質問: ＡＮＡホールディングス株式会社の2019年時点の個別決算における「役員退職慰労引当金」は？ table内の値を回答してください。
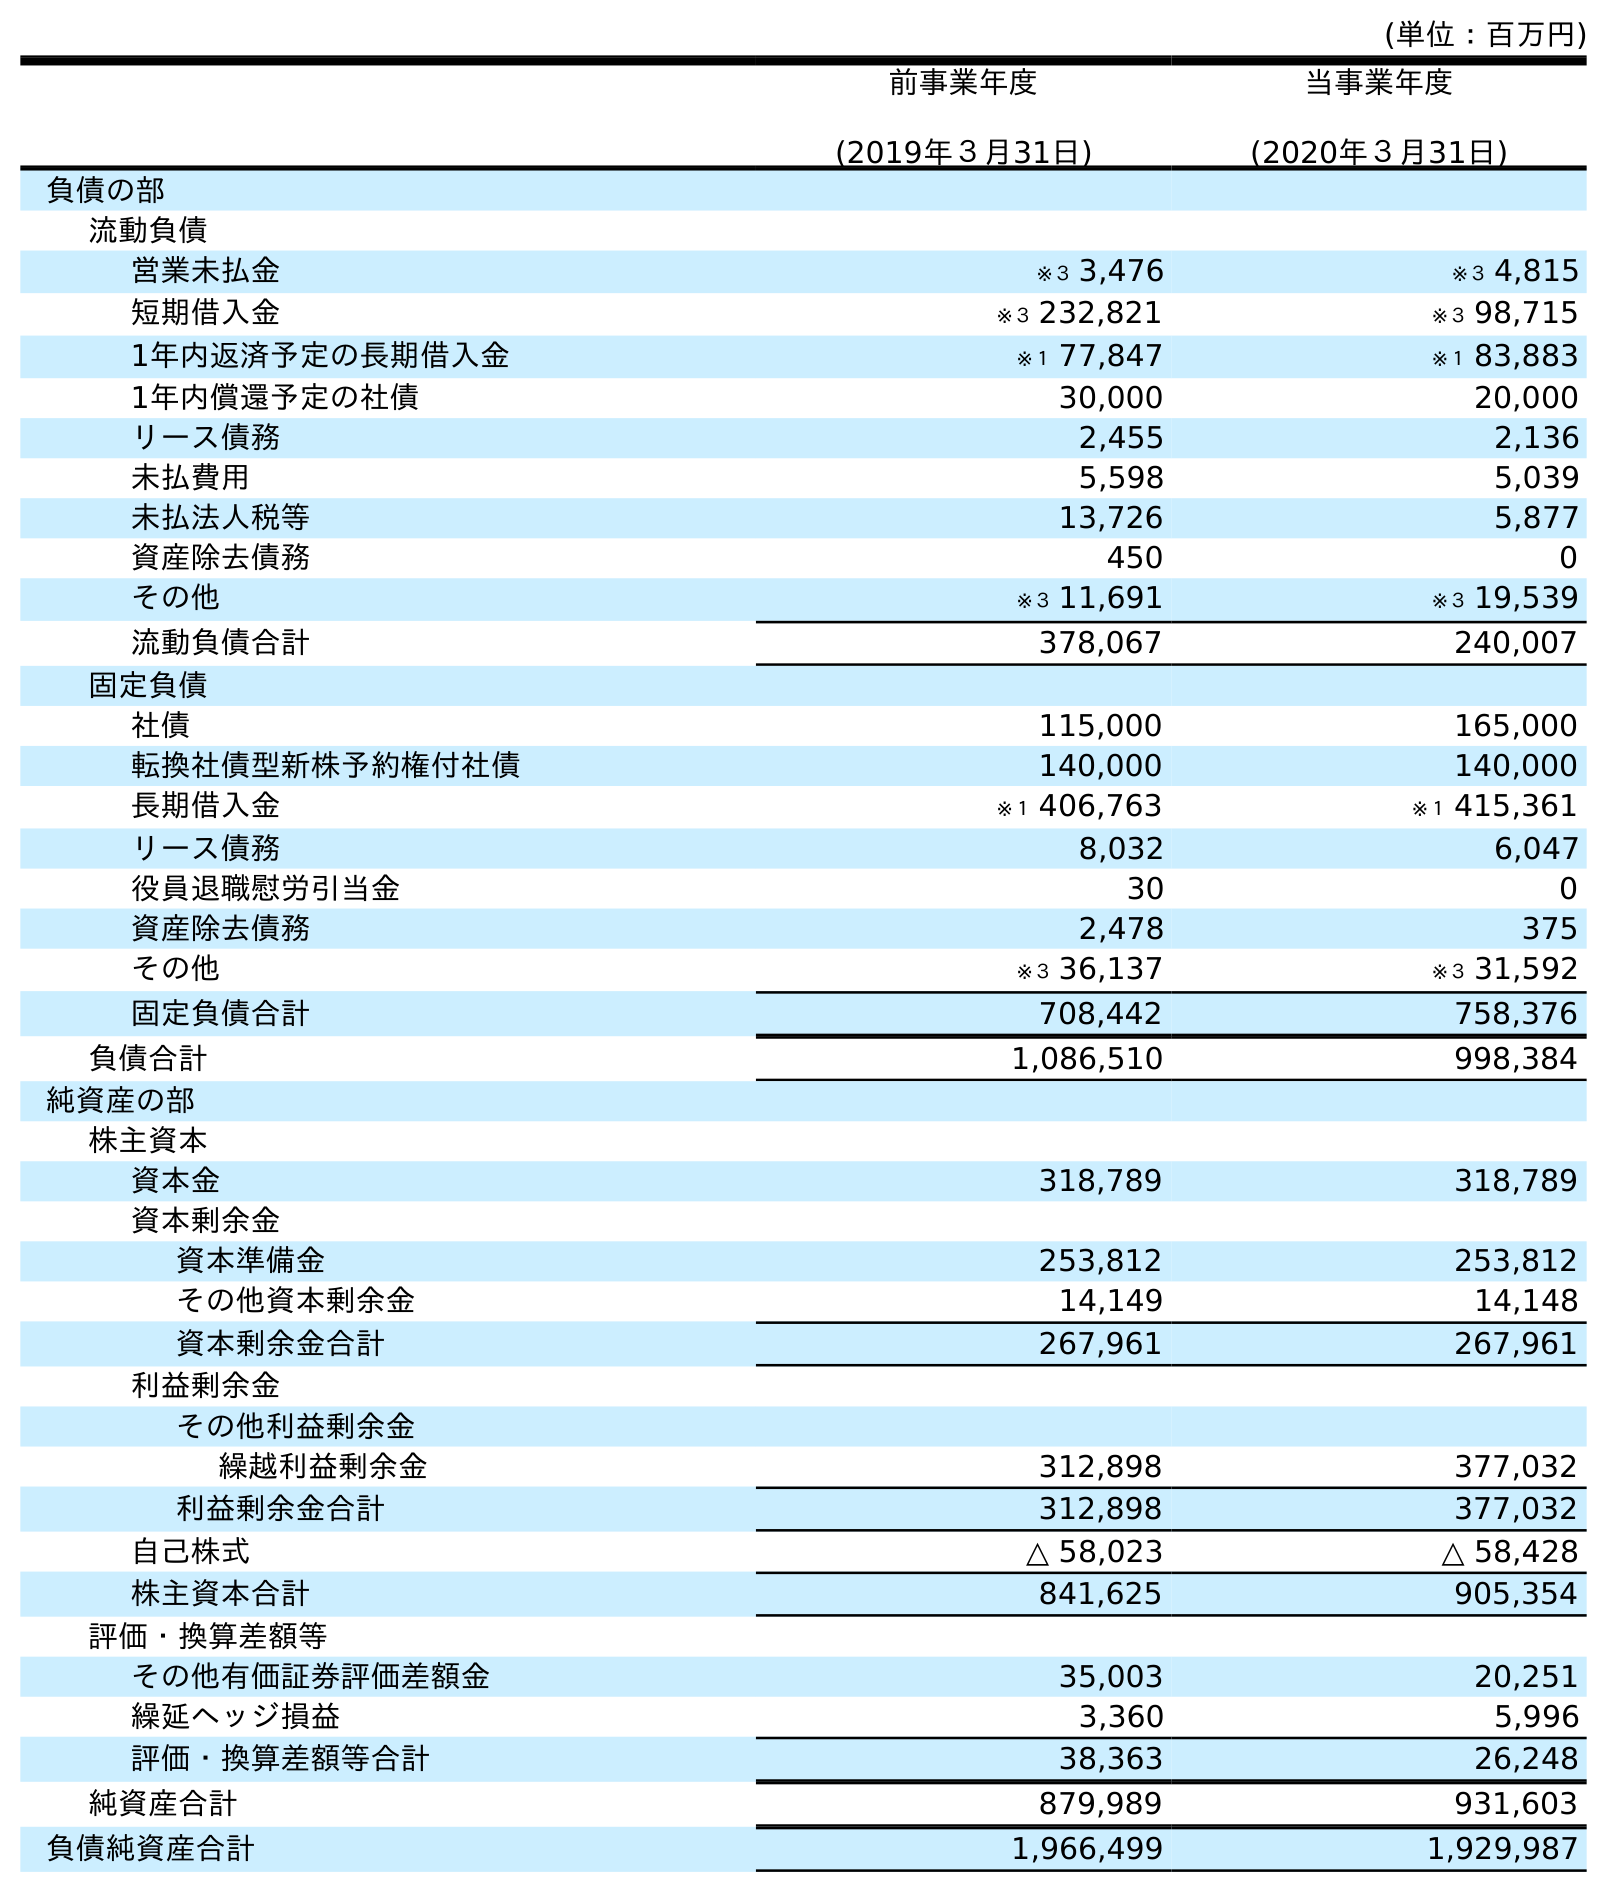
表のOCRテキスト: (単位：百万円) 前事業年度 (2019年３月31日) 当事業年度 (2020年３月31日) 負債の部 流動負債 営業未払金 ※３ 3,476 ※３ 4,815 短期借入金 ※３ 232,821 ※３ 98,715 1年内返済予定の長期借入金 ※１ 77,847 ※１ 83,883 1年内償還予定の社債 30,000 20,000 リース債務 2,455 2,136 未払費用 5,598 5,039 未払法人税等 13,726 5,877 資産除去債務 450 0 その他 ※３ 11,691 ※３ 19,539 流動負債合計 378,067 240,007 固定負債 社債 115,000 165,000 転換社債型新株予約権付社債 140,000 140,000 長期借入金 ※１ 406,763 ※１ 415,361 リース債務 8,032 6,047 役員退職慰労引当金 30 0 資産除去債務 2,478 375 その他 ※３ 36,137 ※３ 31,592 固定負債合計 708,442 758,376 負債合計 1,086,510 998,384 純資産の部 株主資本 資本金 318,789 318,789 資本剰余金 資本準備金 253,812 253,812 その他資本剰余金 14,149 14,148 資本剰余金合計 267,961 267,961 利益剰余金 その他利益剰余金 繰越利益剰余金 312,898 377,032 利益剰余金合計 312,898 377,032 自己株式 △ 58,023 △ 58,428 株主資本合計 841,625 905,354 評価・換算差額等 その他有価証券評価差額金 35,003 20,251 繰延ヘッジ損益 3,360 5,996 評価・換算差額等合計 38,363 26,248 純資産合計 879,989 931,603 負債純資産合計 1,966,499 1,929,987
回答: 30